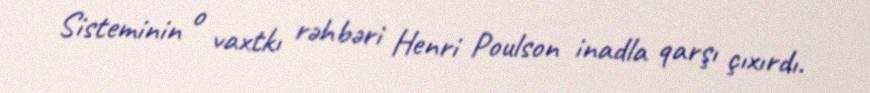
Sisteminin o vaxtkı rəhbəri Henri Poulson inadla qarşı çıxırdı.